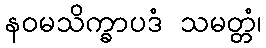
နဝမသိက္ခာပဒံ သမတ္တံ၊